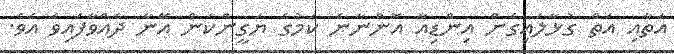
އަތާއި އަތް ގުޅާލައިގެން އިންޑިއާ އޮންނާނެ ކަމުގެ ޔަގީންކަން އޭނާ ދެއްވާފައިވެ އެވެ.